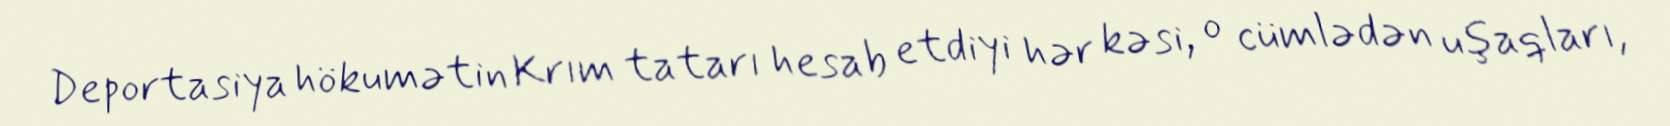
Deportasiya hökumətin Krım tatarı hesab etdiyi hər kəsi, o cümlədən uşaqları,